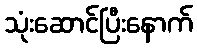
သုံးဆောင်ပြီးနောက်